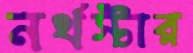
নর্থস্টার